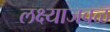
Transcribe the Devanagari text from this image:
लक्ष्याजवळ